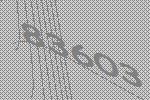
83603